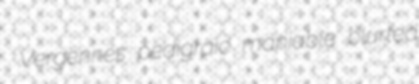
Vergennes pedigraic maniable blurted